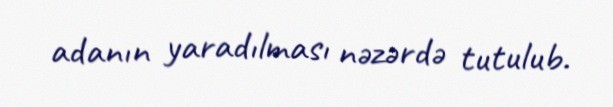
adanın yaradılması nəzərdə tutulub.